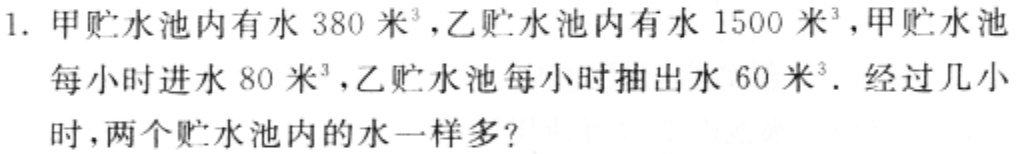
1. 甲贮水池内有水$380$米$^{3}$，乙贮水池内有水$1500$米$^{3}$，甲贮水池每小时进水$80$米$^{3}$，乙贮水池每小时抽出水$60$米$^{3}$．经过几小时，两个贮水池内的水一样多？